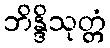
ဘိန္ဒိသုတ္တံ